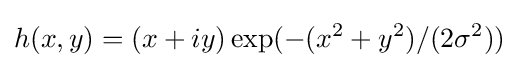
h(x,y)=(x+iy)\exp(-(x^{2}+y^{2})/(2\sigma ^{2}))